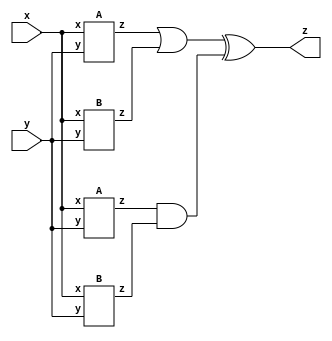
module top_module (input x, input y, output z);
    wire a1, a2, b1, b2;
    A IA1(x, y, a1);
    A IA2(x, y, a2);
    B IB1(x, y, b1);
    B IB2(x, y, b2);

    assign z = (a1 | b1) ^ (a2 & b2);
endmodule


module A (input x, input y, output z);
    assign z = (x ^ y) & x;
endmodule

module B ( input x, input y, output z );
    // 
    assign z = x ^~ y;
endmodule